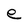
Character: e